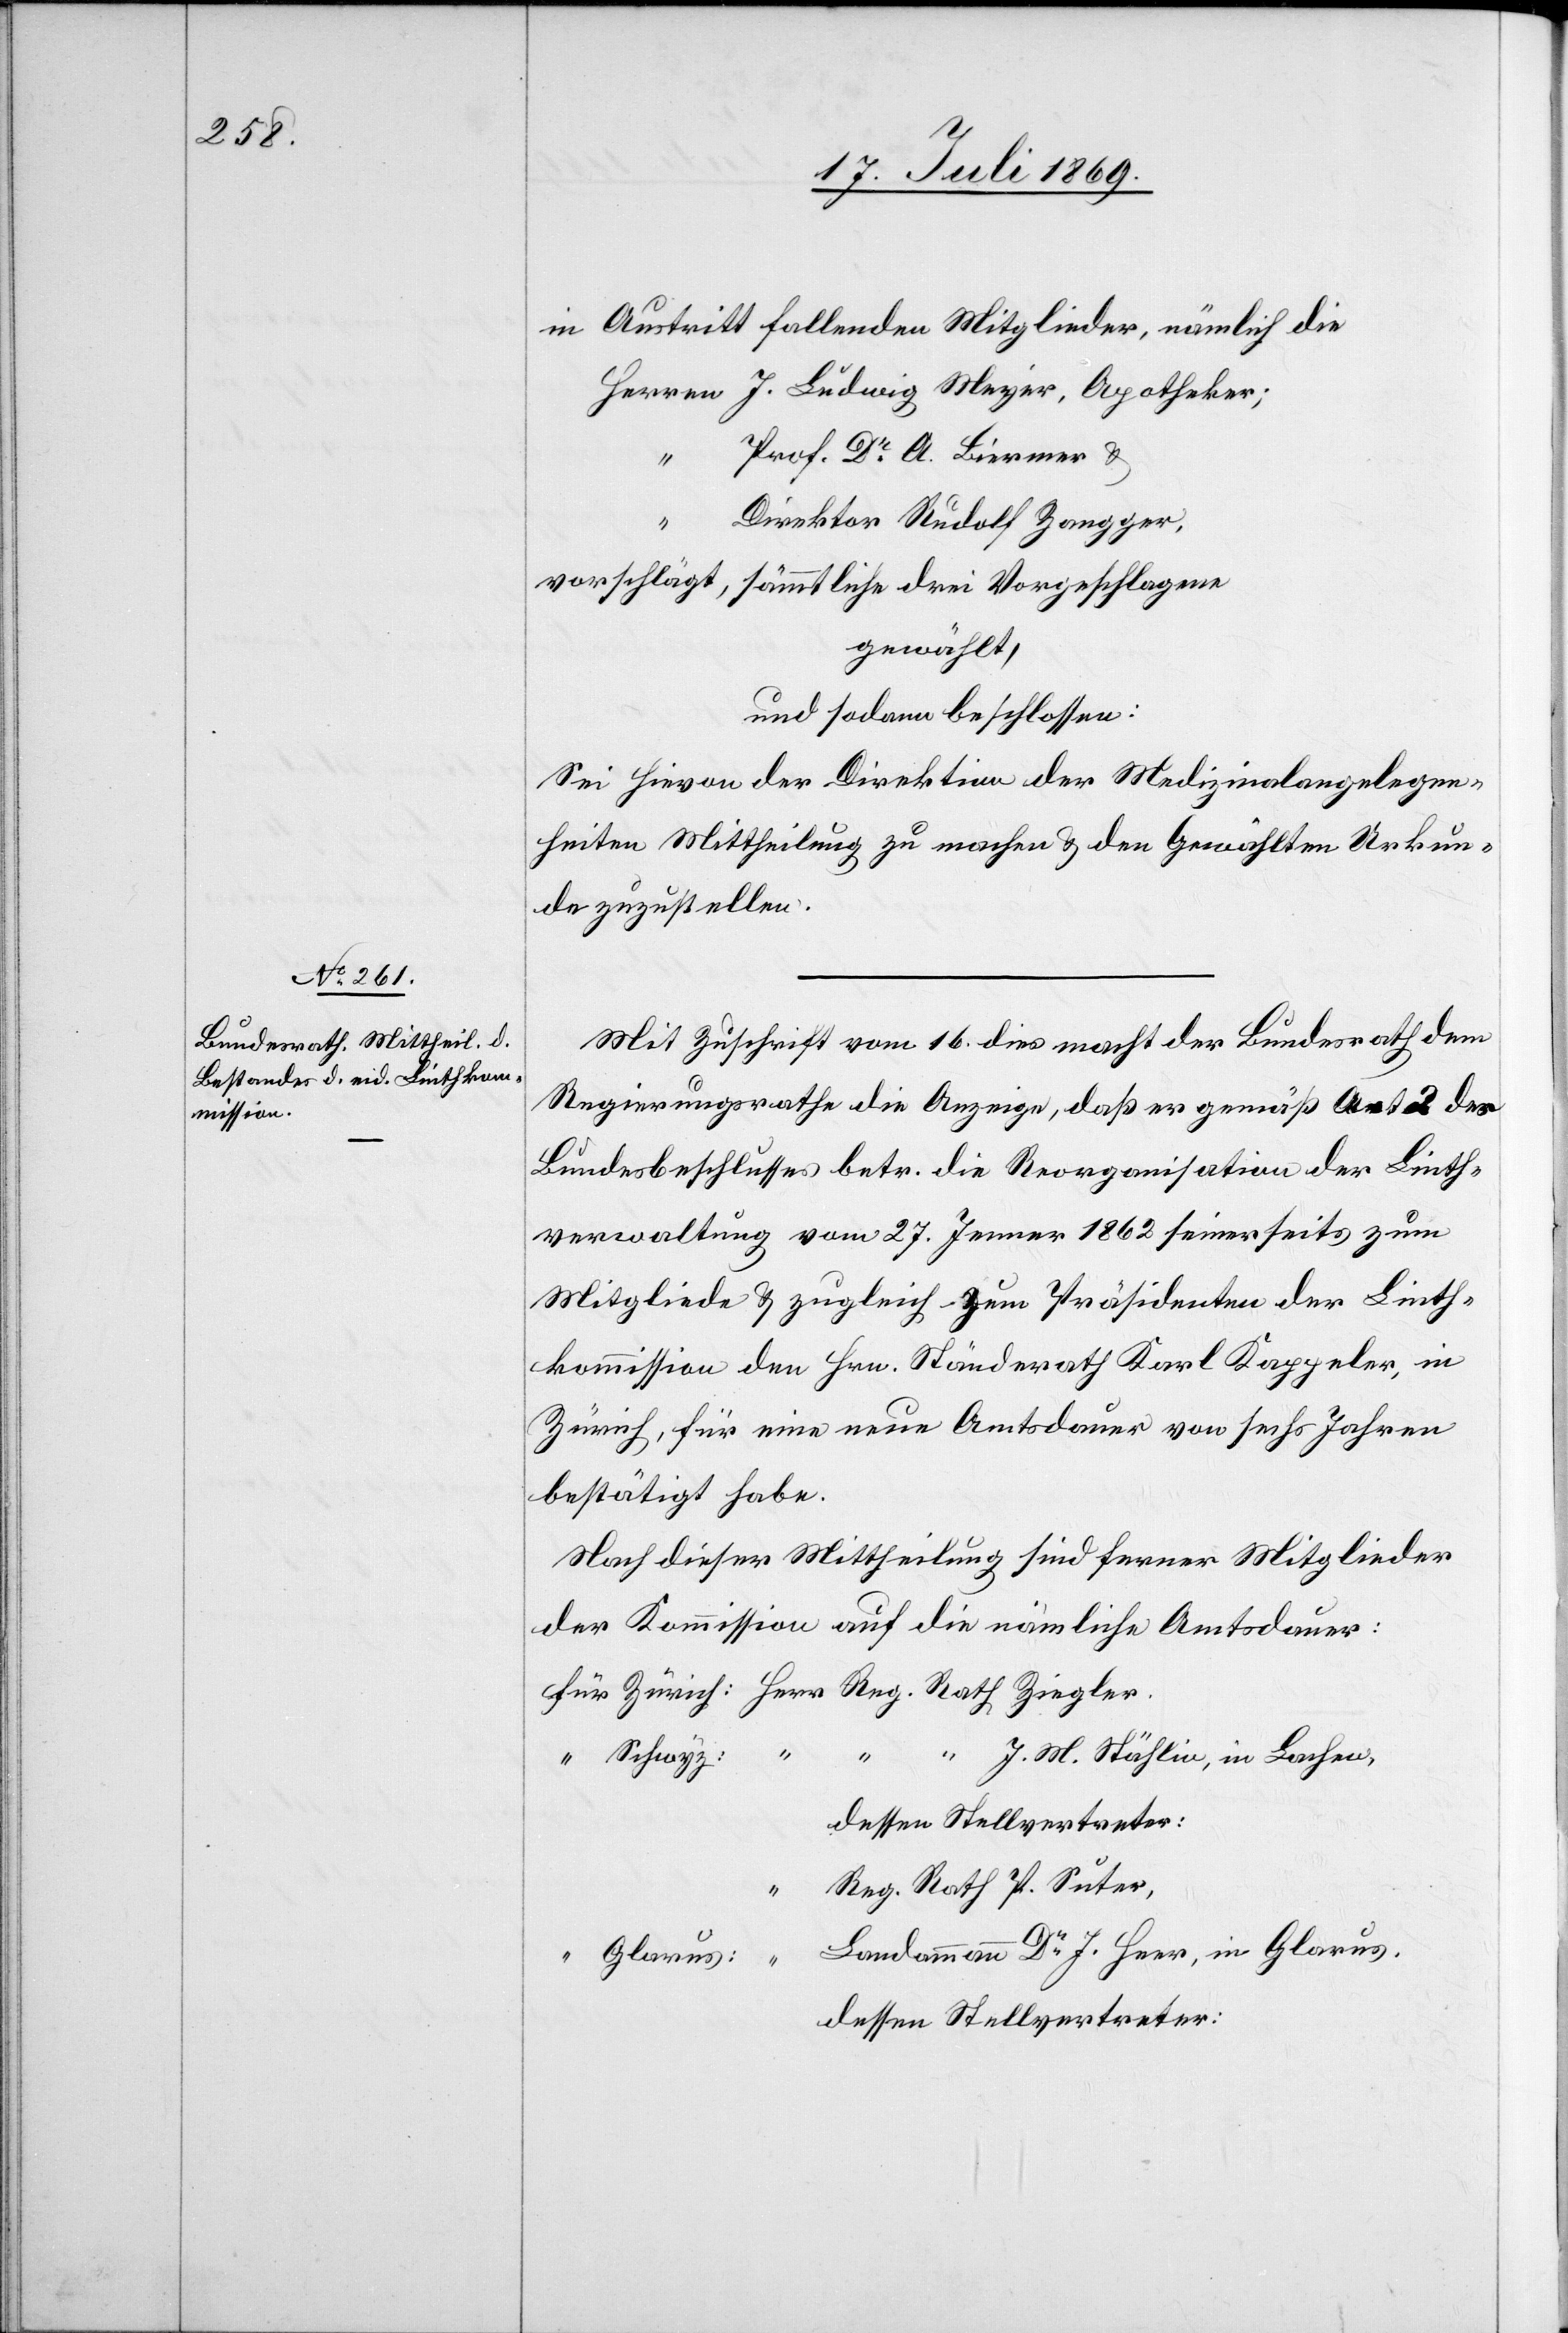
in Austritt fallenden Mitglieder, nämlich die
Herrn	J. Ludwig Meyer, Apotheker;
“		Prof. Dr A. Birmer u.
irektor Rudolf Zangger,
vorschlägt, sämmtliche drei Vorgeschlagene
gewählt,
und sodann beschlossen:
Sei hievon der Direktion der Medizinalangelegen¬
heiten Mittheilung zu machen u. den Gewählten Urkun¬
de zuzustellen.
Mit Zuschrift vom 16 dies macht der Bundesrath dem
Regierungsrathe die Anzeige, daß er gemäß Art. 2 des
Bundesbeschlusses betr. die Reorganisation der Linth¬
verwaltung vom 27 Jenner1862 seinerseits zum
Mitgliede u. zugleich zum Präsidenten der Linth¬
kommission den Hrn. Ständerath Karl Kappeler, in
Zürich, für eine neue Amtsdauer von sechs Jahren
bestätigt habe.
Nach dieser Mittheilung sind ferner Mitglieder
der Kommission auf die nämliche Amtsdauer:
für Zürich:	Herr Reg. Rath Ziegler.
“		D¬
M. Stählin, in Lachen,
dessen Stellvertreter:
“	Reg. Rath. P. Suter,
“	Landammann Dr J. Heer, in Glarus
dessen Stellvertreter: